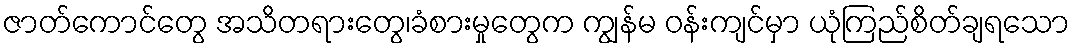
ဇာတ်ကောင်တွေ အသိတရားတွေ၊ခံစားမှုတွေက ကျွန်မ ဝန်းကျင်မှာ ယုံကြည်စိတ်ချရသော